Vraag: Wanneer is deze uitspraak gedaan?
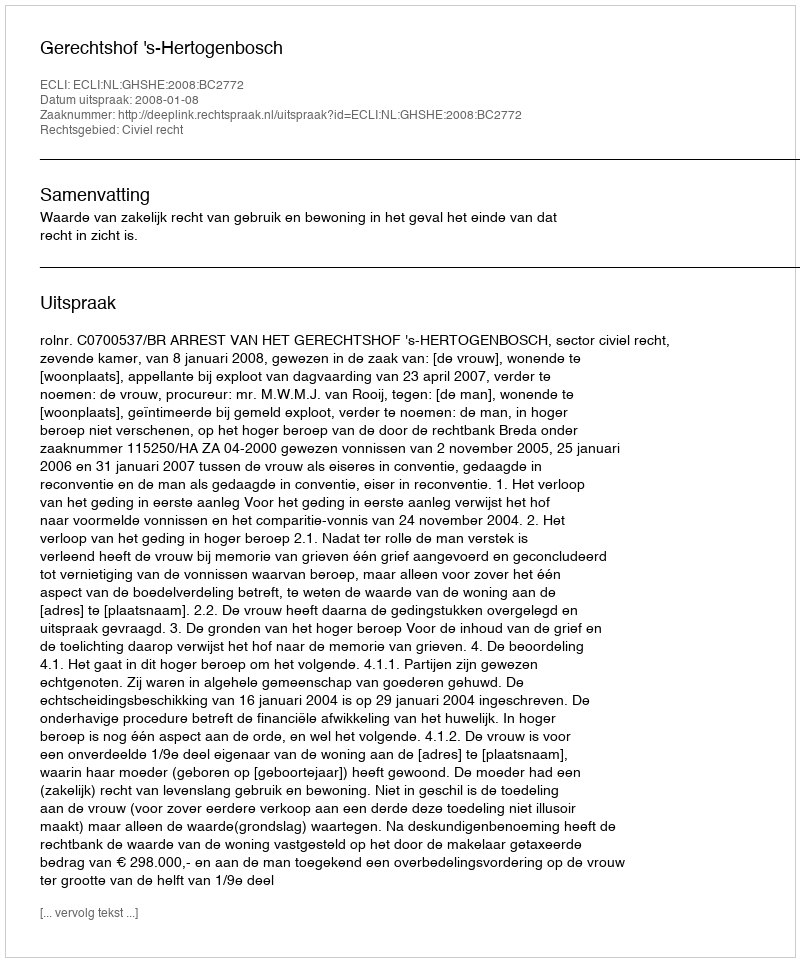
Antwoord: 2008-01-08